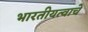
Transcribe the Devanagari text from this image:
भारतीयत्वाचे